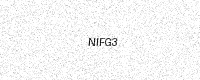
Text: NIFG3